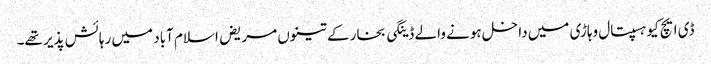
ڈی ایچ کیو ہسپتال وہاڑی میں داخل ہونے والے ڈینگی بخار کے تینوں مریض اسلام آباد میں رہائش پذیر تھے۔